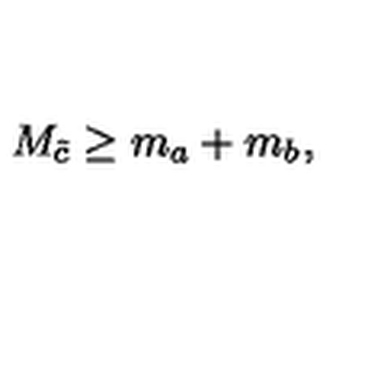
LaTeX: M _ { \tilde { c } } \geq m _ { a } + m _ { b } ,